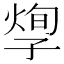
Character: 𡦐